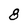
Character: 8